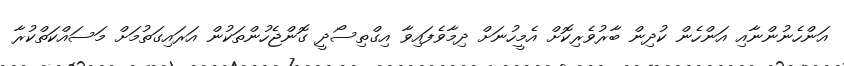
އަންހެނުންނާއި އަންހެން ކުދިން ބާރުވެރިކޮށް އެމީހުނަށް ދިމާވެފައިވާ އިގްތިސޯދީ ގޮންޖެހުންތަކުން އަރައިގަތުމަށް މަސައްކަތްކުރާ